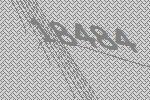
18484